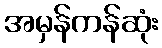
အမှန်ကန်ဆုံး